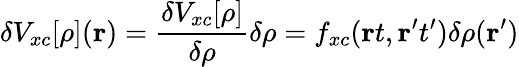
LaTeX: \delta V_{xc}[\rho](\mathbf{r})={\frac{\delta V_{xc}[\rho]}{\delta\rho}}\delta\rho=f_{xc}(\mathbf{r}t,\mathbf{r^{\prime}}t^{\prime})\delta\rho(\mathbf{r^{\prime}})